Indian journal of veterinary science and animal husbandry - Volume 10,
Year: 1940
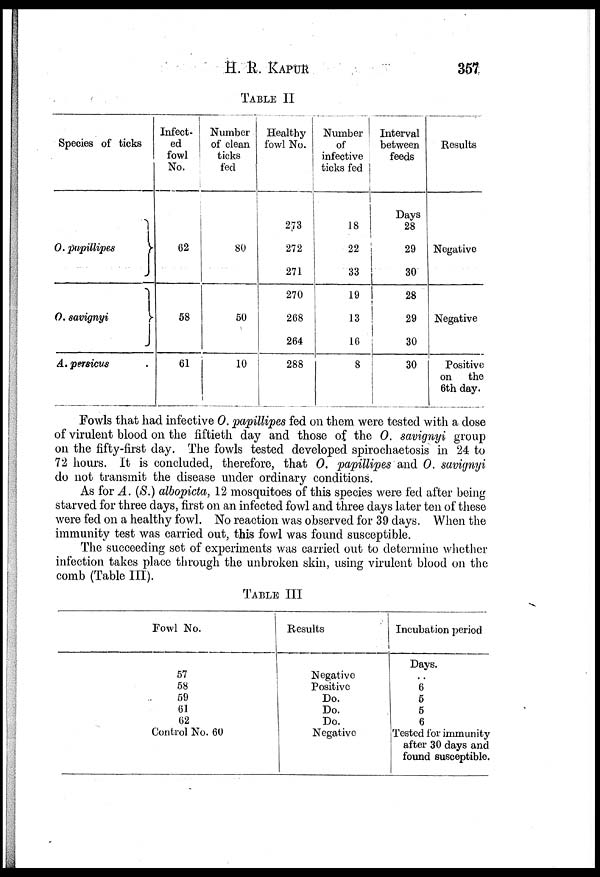
H.
R.
KAPUR
357
TABLE II
Species of ticks
O. papillipes
}
O. savignyi
}
A. persicus
Infect-
ed
fowl
No.
62
58
61
Number
of clean
ticks
fed
80
50
10
Healthy
fowl No.
273
272
271
270
268
264
288
Number
of
infective
ticks fed
18
22
33
19
13
16
8
Interval
between
feeds
Days
28
29
30
28
29
30
30
Results
Negative
Negative
Positive
on
the
6th day.
Fowls that had infective O. papillipes fed on them were tested with a dose
of virulent blood on the fiftieth day and those of the O. savignyi group
on the fifty-first day. The fowls tested developed spirochaetosis in 24 to
72 hours. It is concluded, therefore, that O. papillipes and O. savignyi
do not transmit the disease under ordinary conditions.
As for A. (S.) albopicta, 12 mosquitoes of this species were fed after being
starved for three days, first on an infected fowl and three days later ten of these
were fed on a healthy fowl. No reaction was observed for 39 days. When the
immunity test was carried out, this fowl was found susceptible.
The succeeding set of experiments was carried out to determine whether
infection takes place through the unbroken skin, using virulent blood on the
comb (Table III).
TABLE III
Fowl No.
57
58
59
61
62
Control No. 60
Results
Negative
Positive
Do.
Do.
Do.
Negative
Incubation period
Days.
..
6
5
5
6
Tested for immunity
after 30 days and
found susceptible.